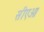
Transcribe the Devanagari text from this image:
सीएओ